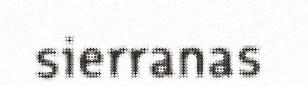
sierranas